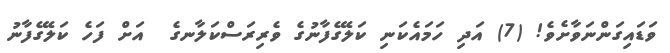
ވަޑައިގަންނަވާށެވެ! (7) އަދި ހަމައެކަނި ކަލޭގެފާނުގެ ވެރިރަސްކަލާނގެ  އަށް ފަހެ ކަލޭގެފާނު